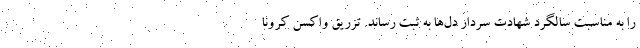
را به مناسبت سالگرد شهادت سردار دل‌ها به ثبت رساند. تزریق واکسن کرونا